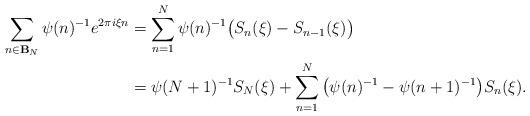
LaTeX: \begin{align*}\sum_{n \in \mathbf B_N} \psi(n)^{-1} e^{2\pi i \xi n}&=\sum_{n = 1}^N \psi(n)^{-1} \big(S_n(\xi) - S_{n-1}(\xi)\big)\\&=\psi(N+1)^{-1} S_N(\xi)+\sum_{n = 1}^N \big(\psi(n)^{-1} - \psi(n+1)^{-1}\big) S_n(\xi).\end{align*}